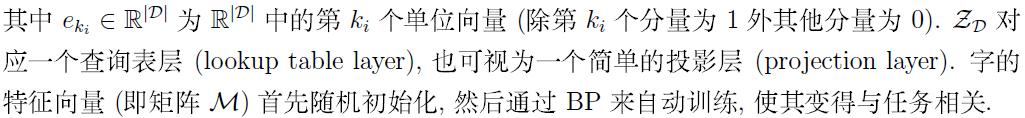
其中 $e_{k_i} \in \mathbb{R}^{|\mathcal{D}|}$ 为 $\mathbb{R}^{|\mathcal{D}|}$ 中的第 $k_i$ 个单位向量 (除第 $k_i$ 个分量为 1 外其他分量为 0). $\mathcal{Z}_{\mathcal{D}}$ 对应一个查询表层 (lookup table layer), 也可视为一个简单的投影层 (projection layer). 字的特征向量 (即矩阵 $\mathcal{M}$) 首先随机初始化, 然后通过 BP 来自动训练, 使其变得与任务相关.